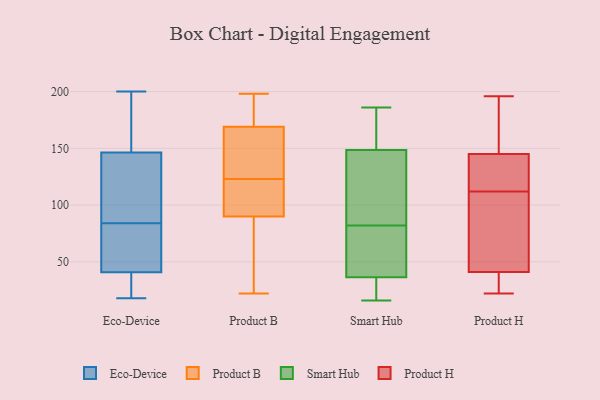
{"axis": {"x": "Revenue (USD Million)", "y": "Value"}, "legend": ["Eco-Device", "Product B", "Product H", "Smart Hub"], "data": [{"x": "", "y": 182, "type": "Eco-Device"}, {"x": "", "y": 65, "type": "Eco-Device"}, {"x": "", "y": 134, "type": "Eco-Device"}, {"x": "", "y": 188, "type": "Eco-Device"}, {"x": "", "y": 32, "type": "Eco-Device"}, {"x": "", "y": 124, "type": "Eco-Device"}, {"x": "", "y": 68, "type": "Eco-Device"}, {"x": "", "y": 144, "type": "Eco-Device"}, {"x": "", "y": 37, "type": "Eco-Device"}, {"x": "", "y": 29, "type": "Eco-Device"}, {"x": "", "y": 147, "type": "Eco-Device"}, {"x": "", "y": 200, "type": "Eco-Device"}, {"x": "", "y": 120, "type": "Eco-Device"}, {"x": "", "y": 76, "type": "Eco-Device"}, {"x": "", "y": 21, "type": "Eco-Device"}, {"x": "", "y": 84, "type": "Eco-Device"}, {"x": "", "y": 18, "type": "Eco-Device"}, {"x": "", "y": 52, "type": "Eco-Device"}, {"x": "", "y": 200, "type": "Eco-Device"}, {"x": "", "y": 150, "type": "Product B"}, {"x": "", "y": 34, "type": "Product B"}, {"x": "", "y": 108, "type": "Product B"}, {"x": "", "y": 118, "type": "Product B"}, {"x": "", "y": 102, "type": "Product B"}, {"x": "", "y": 185, "type": "Product B"}, {"x": "", "y": 198, "type": "Product B"}, {"x": "", "y": 128, "type": "Product B"}, {"x": "", "y": 129, "type": "Product B"}, {"x": "", "y": 169, "type": "Product B"}, {"x": "", "y": 22, "type": "Product B"}, {"x": "", "y": 90, "type": "Product B"}, {"x": "", "y": 177, "type": "Product B"}, {"x": "", "y": 48, "type": "Product B"}, {"x": "", "y": 178, "type": "Smart Hub"}, {"x": "", "y": 110, "type": "Smart Hub"}, {"x": "", "y": 92, "type": "Smart Hub"}, {"x": "", "y": 137, "type": "Smart Hub"}, {"x": "", "y": 38, "type": "Smart Hub"}, {"x": "", "y": 88, "type": "Smart Hub"}, {"x": "", "y": 186, "type": "Smart Hub"}, {"x": "", "y": 21, "type": "Smart Hub"}, {"x": "", "y": 49, "type": "Smart Hub"}, {"x": "", "y": 60, "type": "Smart Hub"}, {"x": "", "y": 178, "type": "Smart Hub"}, {"x": "", "y": 160, "type": "Smart Hub"}, {"x": "", "y": 16, "type": "Smart Hub"}, {"x": "", "y": 162, "type": "Smart Hub"}, {"x": "", "y": 116, "type": "Smart Hub"}, {"x": "", "y": 76, "type": "Smart Hub"}, {"x": "", "y": 35, "type": "Smart Hub"}, {"x": "", "y": 30, "type": "Smart Hub"}, {"x": "", "y": 71, "type": "Smart Hub"}, {"x": "", "y": 20, "type": "Smart Hub"}, {"x": "", "y": 145, "type": "Product H"}, {"x": "", "y": 34, "type": "Product H"}, {"x": "", "y": 22, "type": "Product H"}, {"x": "", "y": 134, "type": "Product H"}, {"x": "", "y": 90, "type": "Product H"}, {"x": "", "y": 144, "type": "Product H"}, {"x": "", "y": 66, "type": "Product H"}, {"x": "", "y": 196, "type": "Product H"}, {"x": "", "y": 168, "type": "Product H"}, {"x": "", "y": 41, "type": "Product H"}]}